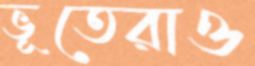
ভূতেরাও